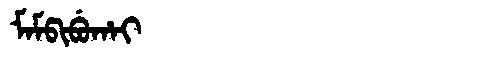
Manchu: ᠮᠠᠮᡦᡳᠪᡠᡥᠠᡳ
Romanization: MAMPIBUHAI